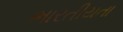
ભારતીયતા